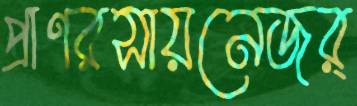
প্রাণরসায়নেজর্